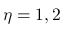
\eta = 1 , 2